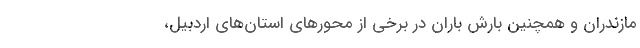
مازندران و همچنین بارش باران در برخی از محورهای استان‌های اردبیل،